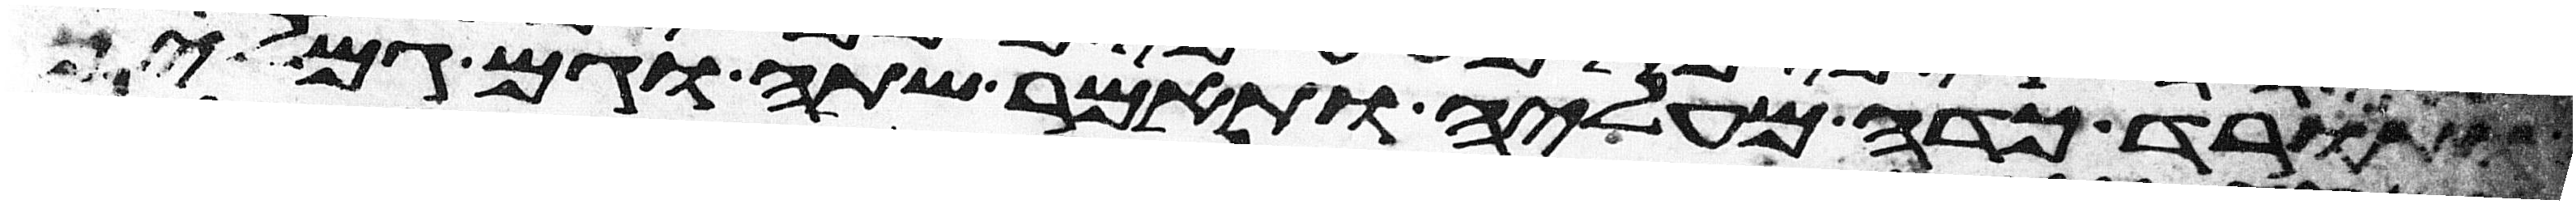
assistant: ותורד כדה מעליה ותאמר שתה וגם גמליך